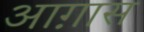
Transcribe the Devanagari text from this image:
आग़ास